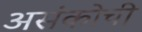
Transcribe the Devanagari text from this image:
असंकोची